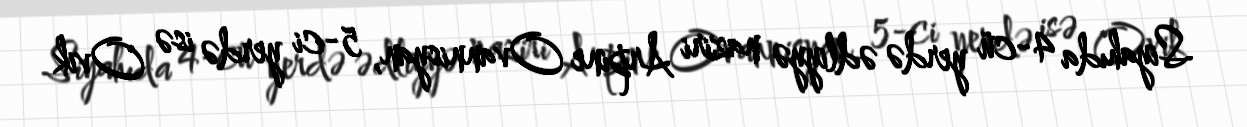
Siyahıda 4-cü yerdə ədliyyə naziri Arpine Ovannisyan, 5-ci yerdə isə Ovik